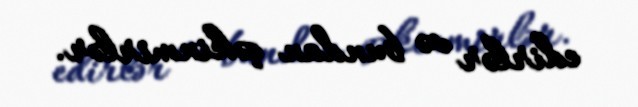
edirlər və bundan çəkinmirlər.